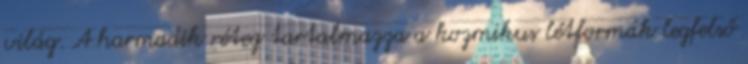
világ. A harmadik réteg tartalmazza a kozmikus létformák legfelső